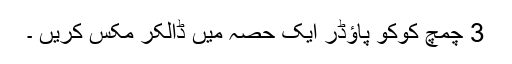
3 چمچ کوکو پاؤڈر ایک حصہ میں ڈالکر مکس کریں ۔